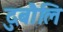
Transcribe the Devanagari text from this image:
दुबौलि